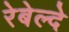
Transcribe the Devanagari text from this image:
रेबेल्दे